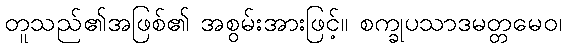
တူသည်၏အဖြစ်၏ အစွမ်းအားဖြင့်။ စက္ခုပသာဒမတ္တမေဝ၊